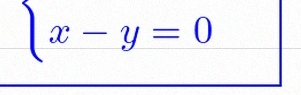
\begin{cases}x+y=2\\x-y=0\end{cases}